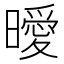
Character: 曖